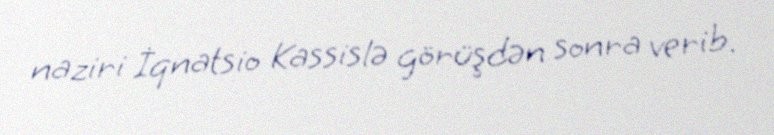
naziri İqnatsio Kassislə görüşdən sonra verib.